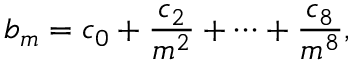
b _ { m } = c _ { 0 } + \frac { c _ { 2 } } { m ^ { 2 } } + \cdots + \frac { c _ { 8 } } { m ^ { 8 } } ,